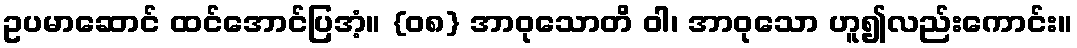
ဥပမာဆောင် ထင်အောင်ပြအံ့။ {၀၈} အာဝုသောတိ ဝါ၊ အာဝုသော ဟူ၍လည်းကောင်း။